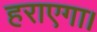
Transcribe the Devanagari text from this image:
हराएगा।